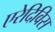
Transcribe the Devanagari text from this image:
एरेदिविस